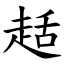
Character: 趏